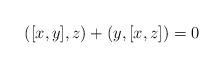
LaTeX: \begin{align*}([x,y],z)+(y,[x,z])=0\end{align*}